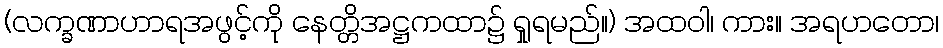
(လက္ခဏာဟာရအဖွင့်ကို နေတ္တိအဋ္ဌကထာ၌ ရှုရမည်။) အထဝါ၊ ကား။ အရဟတော၊